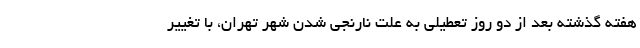
هفته گذشته بعد از دو روز تعطیلی به علت نارنجی شدن شهر تهران، با تغییر